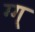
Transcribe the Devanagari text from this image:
ग्ग्